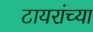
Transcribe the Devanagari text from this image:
टायरांच्या